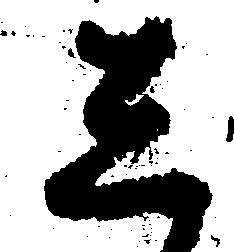
し